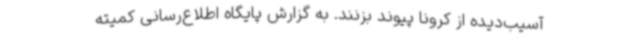
آسیب‌دیده از کرونا پیوند بزنند. به گزارش پایگاه اطلاع‌رسانی کمیته